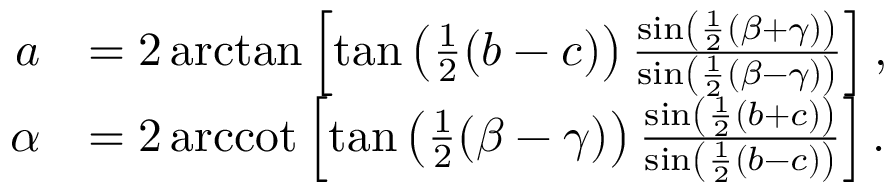
{ \begin{array} { r l } { a } & { = 2 \arctan \left[ \tan \left( { \frac { 1 } { 2 } } ( b - c ) \right) { \frac { \sin \left( { \frac { 1 } { 2 } } ( \beta + \gamma ) \right) } { \sin \left( { \frac { 1 } { 2 } } ( \beta - \gamma ) \right) } } \right] , } \\ { \alpha } & { = 2 \operatorname { a r c c o t } \left[ \tan \left( { \frac { 1 } { 2 } } ( \beta - \gamma ) \right) { \frac { \sin \left( { \frac { 1 } { 2 } } ( b + c ) \right) } { \sin \left( { \frac { 1 } { 2 } } ( b - c ) \right) } } \right] . } \end{array} }